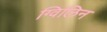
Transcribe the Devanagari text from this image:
ग्विलिन